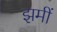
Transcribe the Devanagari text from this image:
झमीं